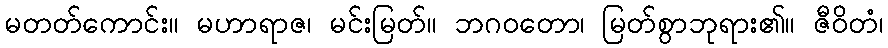
မတတ်ကောင်း။ မဟာရာဇ၊ မင်းမြတ်။ ဘဂဝတော၊ မြတ်စွာဘုရား၏။ ဇီဝိတံ၊